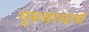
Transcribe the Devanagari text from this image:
गुरुवाचार्य